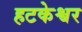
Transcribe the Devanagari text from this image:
हटकेश्वर